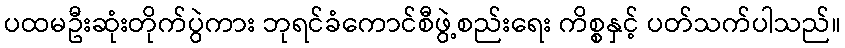
ပထမဦးဆုံးတိုက်ပွဲကား ဘုရင်ခံကောင်စီဖွဲ့စည်းရေး ကိစ္စနှင့် ပတ်သက်ပါသည်။